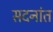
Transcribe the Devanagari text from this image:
सदनांत